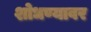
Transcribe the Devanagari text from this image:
शोधण्यावर